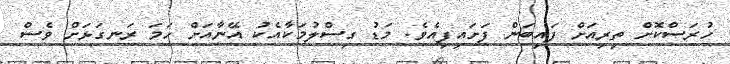
ހުރަސްކޮށް ތިރިއަށް ފައިބަން ފަށައިފިއެވެ. މަޑު ގިސްލުމަކާއެކު އޭނާއަށް ހަމަ ރަނގަޅަށް ވެސް